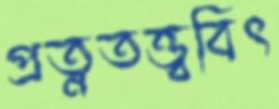
প্রত্নতত্ত্ববিৎ